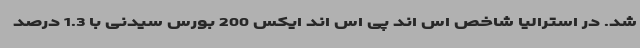
شد. در استرالیا شاخص اس اند پی اس اند ایکس 200 بورس سیدنی با 1.3 درصد